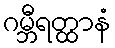
ဂမ္ဘီရတ္ထာနံ